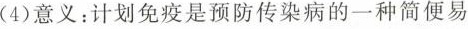
(4)意义：计划免疫是预防传染病的一种简便易